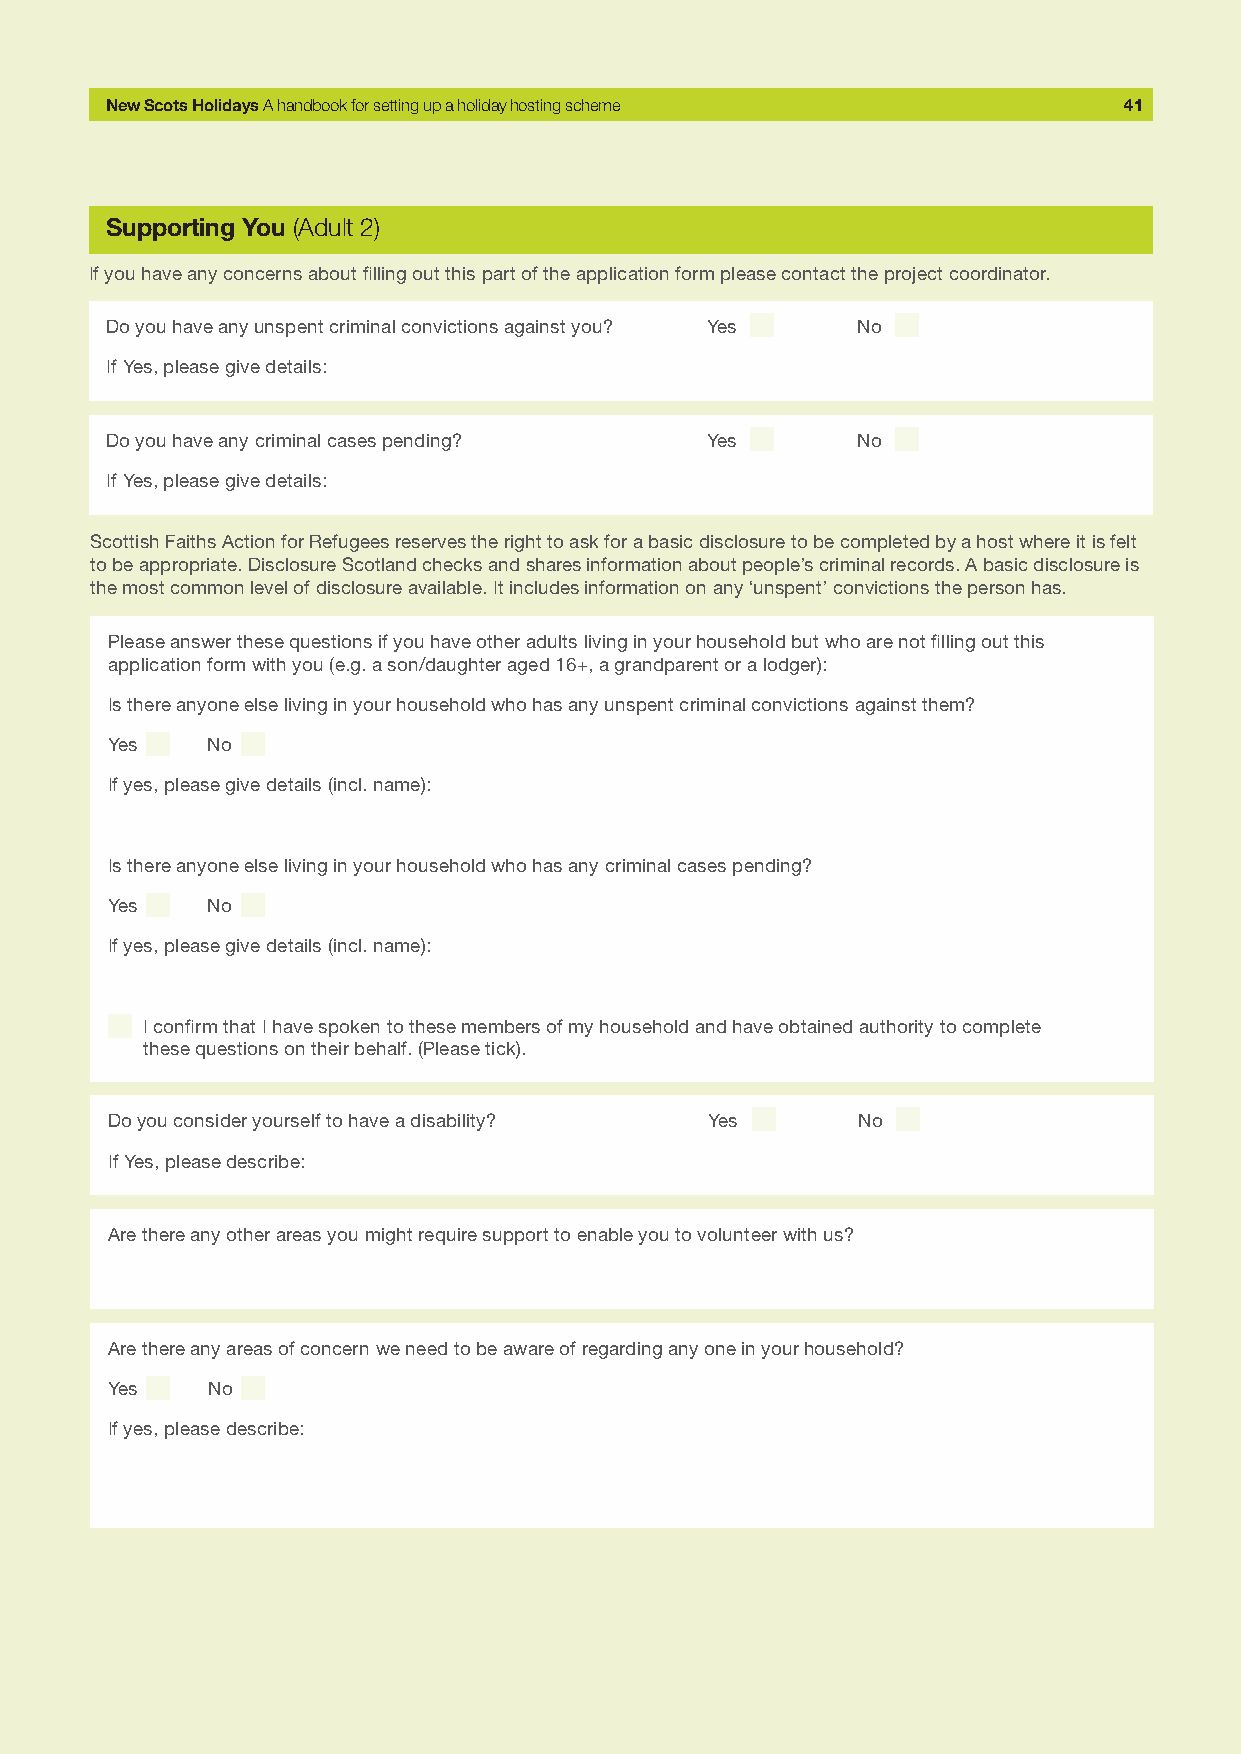
New Scots Holidays A handbook for setting up a holiday hosting scheme 41
 Supporting You (Adult 2)
 If you have any concerns about filling out this part of the application form please contact the project coordinator.
 Do you have any unspent criminal convictions against you? Yes No
 If Yes, please give details:
 Do you have any criminal cases pending? Yes       No
 If Yes, please give details:
 Scottish Faiths Action for Refugees reserves the right to ask for a basic disclosure to be completed by a host where it is felt
 to be appropriate. Disclosure Scotland checks and shares information about people’s criminal records. A basic disclosure is
 the most common level of disclosure available. It includes information on any ‘unspent’ convictions the person has.
 Please answer these questions if you have other adults living in your household but who are not filling out this
 application form with you (e.g. a son/daughter aged 16+, a grandparent or a lodger):
 Is there anyone else living in your household who has any unspent criminal convictions against them?
 Yes    No
 If yes, please give details (incl. name):
 Is there anyone else living in your household who has any criminal cases pending?
 Yes    No
 If yes, please give details (incl. name):
 I confirm that I have spoken to these members of my household and have obtained authority to complete
 these questions on their behalf. (Please tick).
 Do you consider yourself to have a disability? Yes No
 If Yes, please describe:
 Are there any other areas you might require support to enable you to volunteer with us?
 Are there any areas of concern we need to be aware of regarding any one in your household?
 Yes    No
 If yes, please describe: